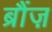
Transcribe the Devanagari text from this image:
ब्रौंज़